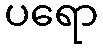
ပရော